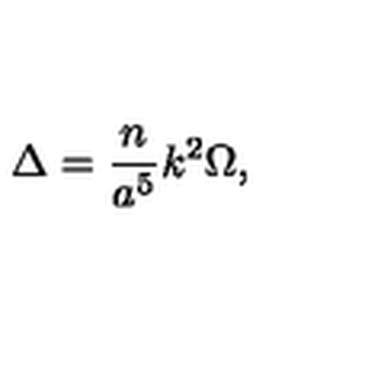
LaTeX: \Delta = { \frac { n } { a ^ { 5 } } } k ^ { 2 } \Omega ,